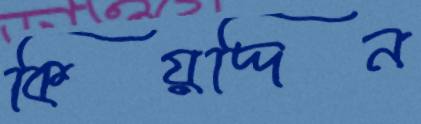
কিয়দ্দিন